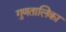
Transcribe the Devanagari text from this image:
गुणतालिका